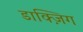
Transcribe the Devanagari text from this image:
डाक्ज़िग